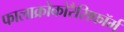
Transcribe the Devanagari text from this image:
फालाक्रोकोरैसिफॉर्म